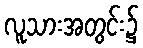
လူသားအတွင်း၌